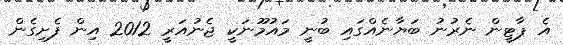
އެ ޕާޓީން ނެރުނު ބަޔާނެއްގައި ބުނީ މައުމޫނަކީ ޖެނުއަރީ 2012 އިން ފެށިގެން